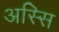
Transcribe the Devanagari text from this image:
अस्सि